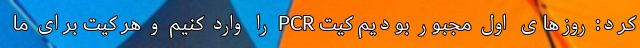
کرد: روزهای اول مجبور بودیم کیت PCR را وارد کنیم و هر کیت برای ما